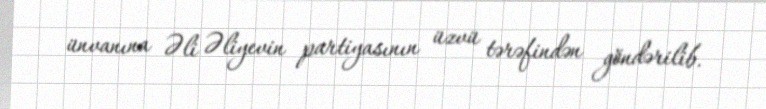
ünvanına Əli Əliyevin partiyasının üzvü tərəfindən göndərilib.